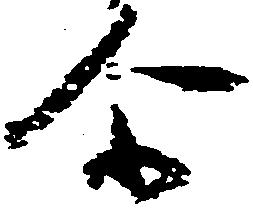
尓